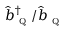
\hat { b } _ { \textsc { q } } ^ { \dagger } / \hat { b } _ { \textsc { q } }